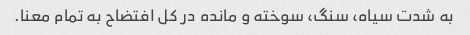
به شدت سیاه، سنگ، سوخته و مانده در کل افتضاح به تمام معنا.